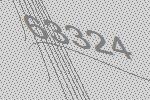
63324